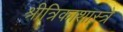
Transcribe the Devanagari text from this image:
श्रीत्रिकाशास्त्रे